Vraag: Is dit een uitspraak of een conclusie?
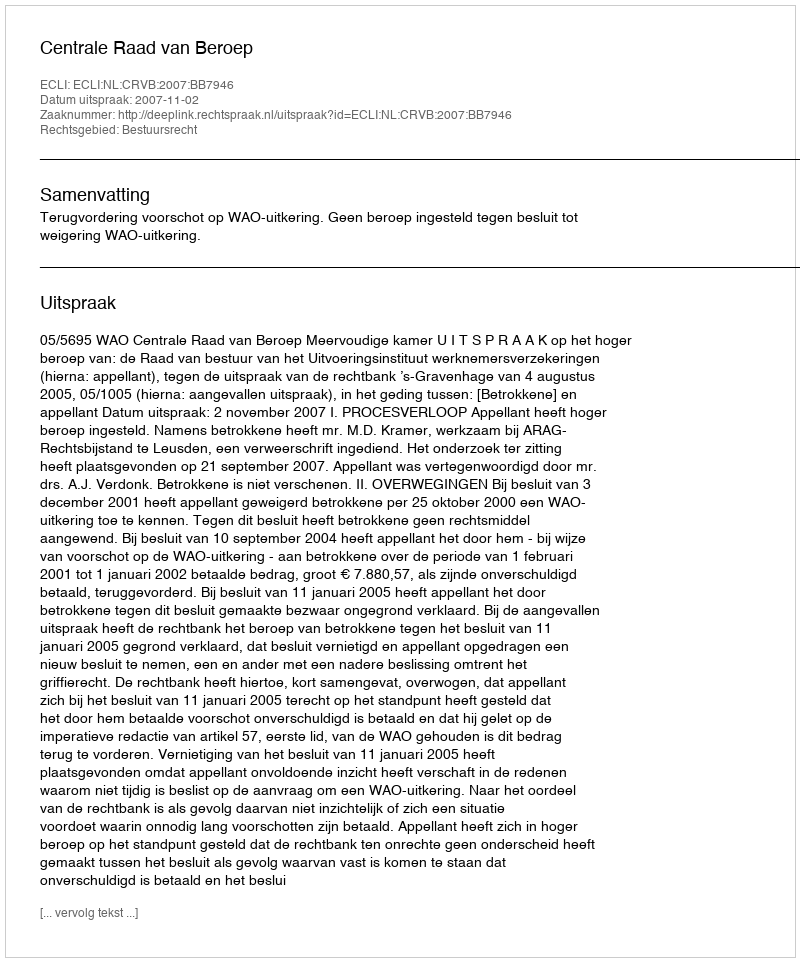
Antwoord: Uitspraak